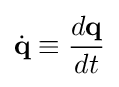
{\dot {\mathbf {q} }}\equiv {\frac {d\mathbf {q} }{dt}}